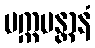
ပက္ကမန္တာနံ